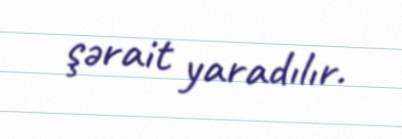
şərait yaradılır.